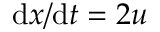
\mathrm { d } \boldsymbol { x } / \mathrm { d } t = 2 \boldsymbol { u }